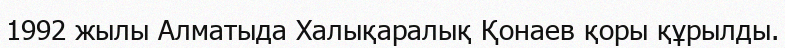
1992 жылы Алматыда Халықаралық Қонаев қоры құрылды.